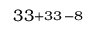
3 3 \substack { + 3 3 \, - 8 }